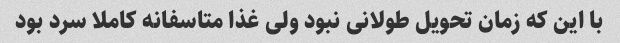
با این که زمان تحویل طولانی نبود ولی غذا متاسفانه کاملا سرد بود